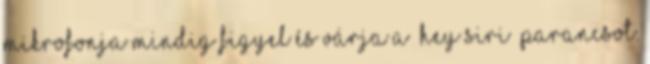
mikrofonja mindig figyel és várja a „Hey Siri” parancsot.